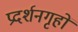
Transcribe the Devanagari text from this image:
प्रदर्शनगृहों